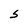
Character: S